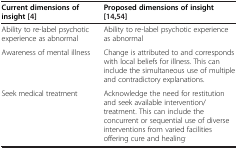
<table><thead><tr><td><b>Current dimensions of insight[4]</b></td><td><b>Proposed dimensions of insight[14,54]</b></td></tr></thead><tbody><tr><td>Ability to re-label psychotic experience as abnormal</td><td>Ability to re-label psychotic experience as abnormal</td></tr><tr><td>Awareness of mental illness</td><td>Change is attributed to and corresponds with local beliefs for illness. This can include the simultaneous use of multiple and contradictory explanations.</td></tr><tr><td>Seek medical treatment</td><td>Acknowledge the need for restitution and seek available intervention/treatment. This can include the concurrent or sequential use of diverse interventions from varied facilities offering cure and healing<sup>.</sup></td></tr></tbody></table>